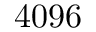
4 0 9 6